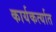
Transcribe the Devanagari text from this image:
कार्यकर्त्‍यात